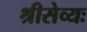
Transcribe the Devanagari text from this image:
श्रीसेव्यः